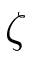
\zeta